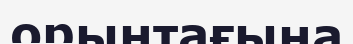
орынтағына